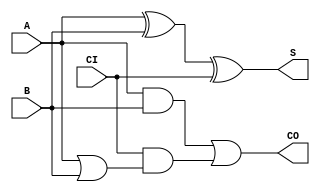
module FA1 (A,B, CI,S,CO);
input A, B, CI;
output S, CO;

assign S = A ^ B ^ CI;
assign CO = (A & B) | (CI & (A | B));
/*
input x,y,cin;
output s,c;
reg s,c;
reg w1,w2,w3;

always@(*)begin
 w1=x&y;
 w2=cin&y;
 w3=x&cin;

 s=x^y^cin;
 c=w1|w2|w3;
end*/
endmodule